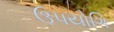
ઉપયોગિ